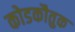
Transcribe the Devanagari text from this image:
कोडकौतुक